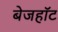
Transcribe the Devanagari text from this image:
बेजहॉट